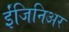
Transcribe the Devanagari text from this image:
ईंजिनिअर